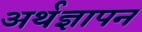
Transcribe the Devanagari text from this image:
अर्थज्ञापन